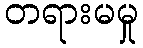
တရားမမှု